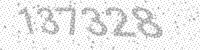
Solution: 137328